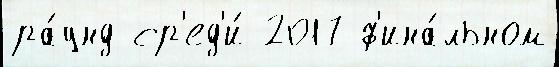
ра́унд ср'ед'и́ 2017 ф'ина́льном